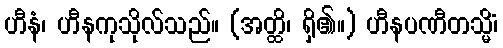
ဟီနံ၊ ဟီနကုသိုလ်သည်။ (အတ္ထိ၊ ရှိ၏။) ဟီနပဏီတသ္မိံ၊